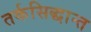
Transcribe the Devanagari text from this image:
तर्कसिद्धान्त